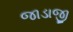
જાડાજી